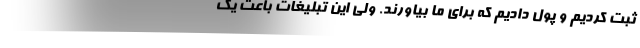
ثبت کردیم و پول دادیم که برای ما بیاورند. ولی این تبلیغات باعث یک